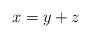
LaTeX: \begin{align*}x = y+z\end{align*}